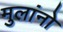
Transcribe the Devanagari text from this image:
मुलांनो